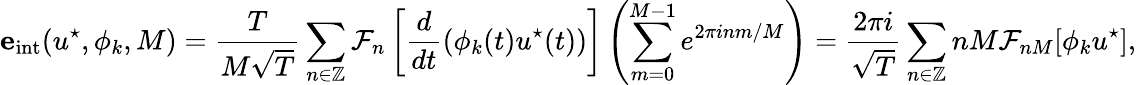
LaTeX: \mathbf{e}_{\mathrm{int}}(u^{\star},\phi_{k},M)=\frac{T}{M\sqrt{T}}\sum_{n\in\mathbb{Z}}{\mathcal{F}}_{n}\left[\frac{d}{dt}(\phi_{k}(t)u^{\star}(t))\right]\left(\sum_{m=0}^{M-1}e^{2\pi inm/M}\right)=\frac{2\pi i}{\sqrt{T}}\sum_{n\in\mathbb{Z}}nM{\mathcal{F}}_{nM}[\phi_{k}u^{\star}],